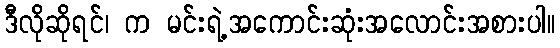
ဒီလိုဆိုရင်၊ က မင်းရဲ့အကောင်းဆုံးအလောင်းအစားပါ။